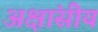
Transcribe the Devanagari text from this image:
अक्षांसीय